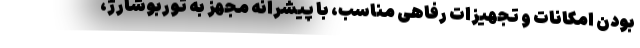
بودن امکانات و تجهیزات رفاهی مناسب، با پیشرانه مجهز به توربوشارژ،